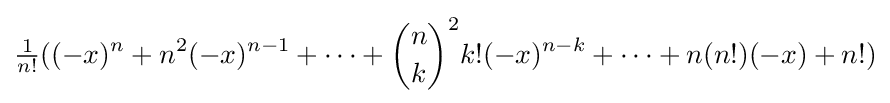
{\tfrac {1}{n!}}((-x)^{n}+n^{2}(-x)^{n-1}+\dots +{\binom {n}{k}}^{2}{k!}(-x)^{n-k}+\dots +n({n!})(-x)+n!)